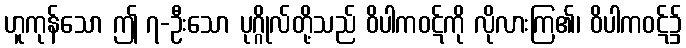
ဟူကုန်သော ဤ ၇-ဦးသော ပုဂ္ဂိုလ်တို့သည် ဝိပါကဝဋ်ကို လိုလားကြ၏၊ ဝိပါကဝဋ်၌